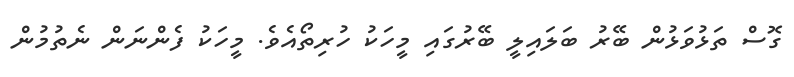
ގޮސް ތަޅުވަޅުން ބޭރު ބަލައިލީ ބޭރުގައި މީހަކު ހުރިތޯއެވެ. މީހަކު ފެންނަން ނެތުމުން